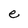
Character: e